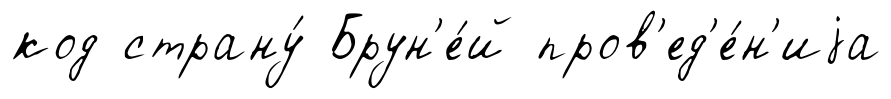
код страну́ Брун'е́й пров'ед'е́н'иjа